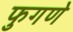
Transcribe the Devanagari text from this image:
फुगणे